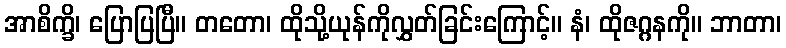
အာစိက္ခိ၊ ပြောပြပြီ။ တတော၊ ထိုသို့ယုန်ကိုလွှတ်ခြင်းကြောင့်။ နံ၊ ထိုဇဂ္ဂနကို။ ဘာတာ၊